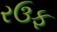
રઉફ